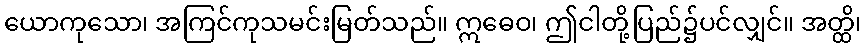
ယောကုသော၊ အကြင်ကုသမင်းမြတ်သည်။ ဣဓေဝ၊ ဤငါတို့ပြည်၌ပင်လျှင်။ အတ္ထိ၊